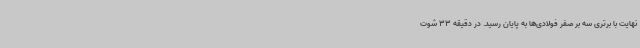
نهایت با برتری سه بر صفر فولادی‌ها به پایان رسید. در دقیقه 33 شوت